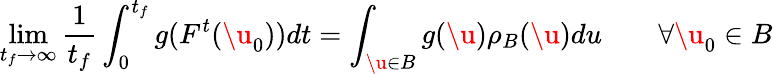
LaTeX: \operatorname*{lim}_{t_{f}\to\infty}\frac{1}{t_{f}}\int_{0}^{t_{f}}g(F^{t}(\u_{0}))dt=\int_{\u\in B}g(\u)\rho_{B}(\u)du\qquad\forall\u_{0}\in B